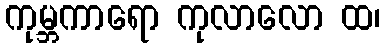
ကုမ္ဘကာရော ကုလာလော ထ၊